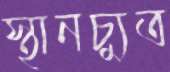
স্থানচ্যুত